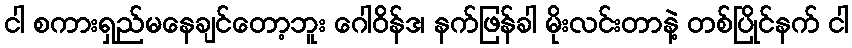
ငါ စကားရှည်မနေချင်တော့ဘူး ဂေါဝိန်ဒ၊ နက်ဖြန်ခါ မိုးလင်းတာနဲ့ တစ်ပြိုင်နက် ငါ